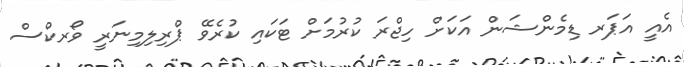
އެއީ އަޕަރ ޑިމެންޝަން އަކަށް ހިޖްރަ ކުރުމަށް ޓަކައި ކުރެވޭ ޕްރިލިމިނަރީ ވޯރކްސް